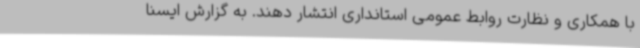
با همکاری و نظارت روابط عمومی استانداری انتشار دهند. به گزارش ایسنا